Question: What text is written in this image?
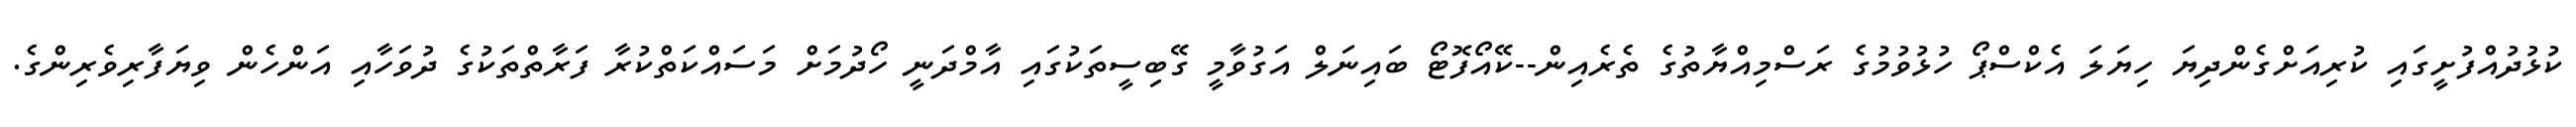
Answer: ކުޅުދުއްފުށީގައި ކުރިއަށްގެންދިޔަ ހިޔަލަ އެކްސްޕޯ ހުޅުވުމުގެ ރަސްމިއްޔާތުގެ ތެރެއިން--ކޭއޯފޮޓޯ ބައިނަލް އަގުވާމީ ގޭބިސީތަކުގައި އާމްދަނީ ހޯދުމަށް މަސައްކަތްކުރާ ފަރާތްތަކުގެ ދުވަހާއި އަންހެން ވިޔަފާރިވެރިންގެ.